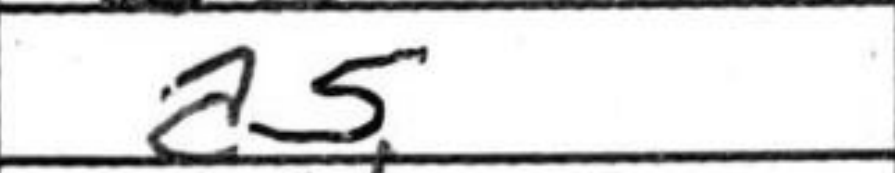
Transcription: a5